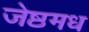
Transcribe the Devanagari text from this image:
जेष्ठमध